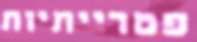
פטרייתיות